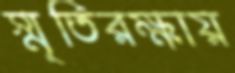
স্মৃতিরক্ষায়